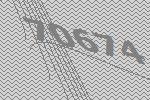
70674